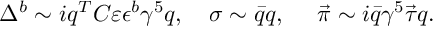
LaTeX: \Delta ^ { b } \sim i q ^ { T } C \varepsilon \epsilon ^ { b } \gamma ^ { 5 } q , ~ ~ ~ \sigma \sim \bar { q } q , ~ ~ ~ ~ \vec { \pi } \sim i \bar { q } \gamma ^ { 5 } \vec { \tau } q .